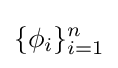
\{\phi _{i}\}_{i=1}^{n}